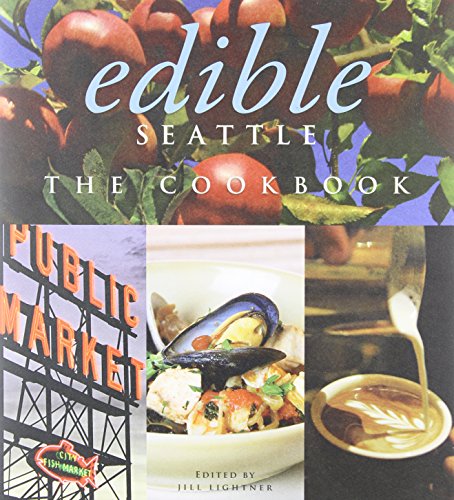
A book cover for Edible Seattle: The Cookbook; Cookbooks, Food & Wine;